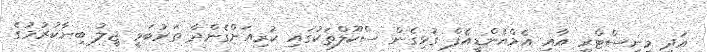
އަދި މިނިސްޓްރީ އާއި އެމްއެންޑީއެފް ގުޅިގެން ސްކޫލްތަކުގައި ކުރިއަށްގެންދާ ތަރުބަވީ ޖީލު ބިނާކުރުމުގެ